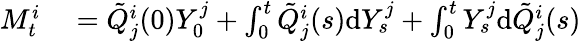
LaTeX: \begin{array}{rl}{M_{t}^{i}}&{{}=\tilde{Q}_{j}^{i}(0)Y_{0}^{j}+\int_{0}^{t}\tilde{Q}_{j}^{i}(s)\textrm{d}Y_{s}^{j}+\int_{0}^{t}Y_{s}^{j}\textrm{d}\tilde{Q}_{j}^{i}(s)}\end{array}